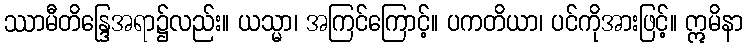
ဿာမီတိန္ဒြေအရာ၌လည်း။ ယသ္မာ၊ အကြင်ကြောင့်။ ပကတိယာ၊ ပင်ကိုအားဖြင့်။ ဣမိနာ